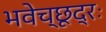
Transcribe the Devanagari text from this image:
भवेच्छूद्रः